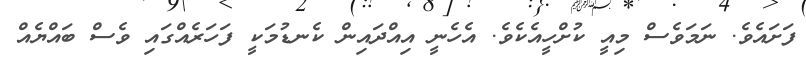
ފަށައެވެ. ނަމަވެސް މިއީ ކުށްހީއެކެވެ. އެހެނީ އިއްދައިން ކެނޑުމަކީ ފަހަރެއްގައި ވެސް ބައްޔެއް